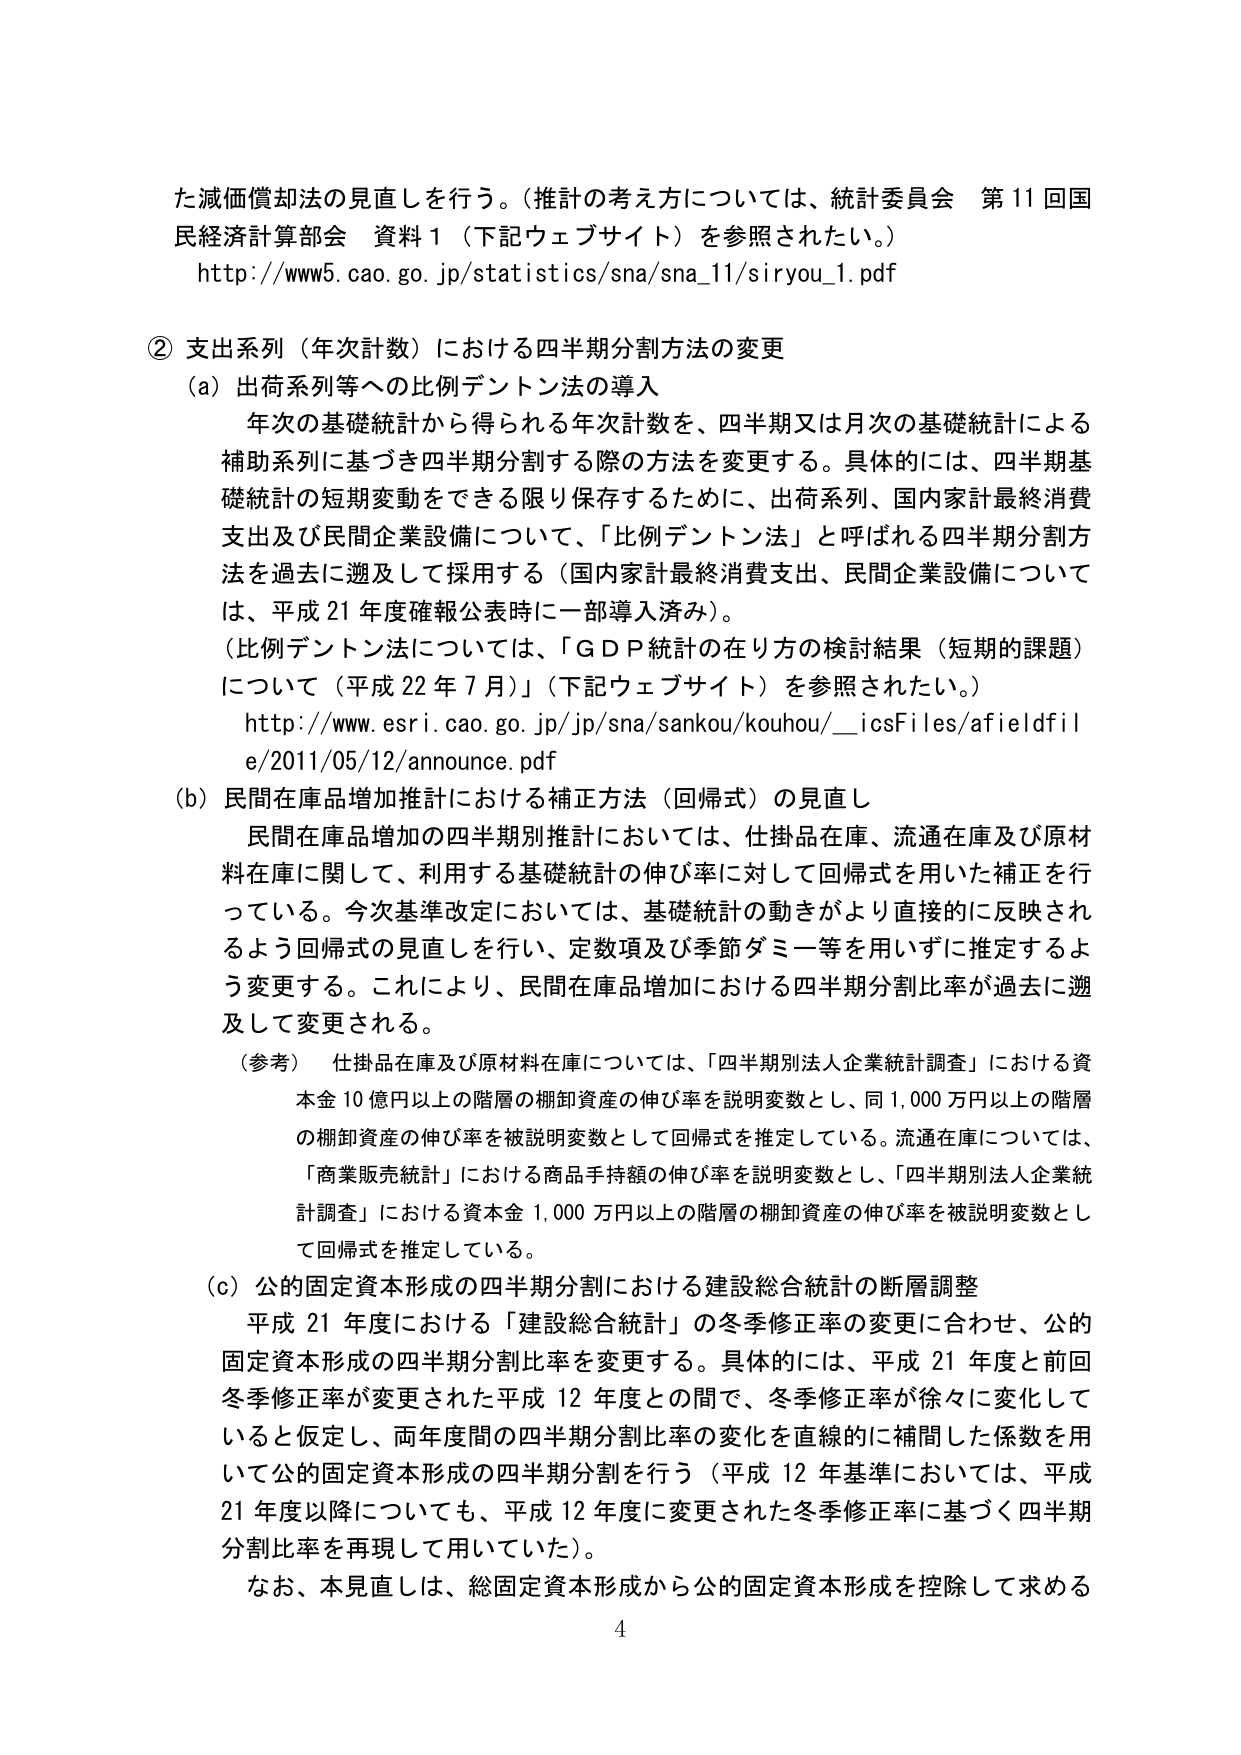
た減価償却法の見直しを行う。（推計の考え方については、統計委員会 第11回国民経済計算部会 資料1（下記ウェブサイト）を参照されたい。）
http://www5.cao.go.jp/statistics/sna/sna_11/siryou_1.pdf

② 支出系列（年次計数）における四半期分割方法の変更
(a) 出荷系列等への比例デントン法の導入
　年次の基礎統計から得られる年次計数を、四半期又は月次の基礎統計による補助系列に基づき四半期分割する際の方法を変更する。具体的には、四半期基礎統計の短期変動をできる限り保存するために、出荷系列、国内家計最終消費支出及び民間企業設備について、「比例デントン法」と呼ばれる四半期分割方法を過去に遡及して採用する（国内家計最終消費支出、民間企業設備については、平成21年度確報公表時に一部導入済み）。
　（比例デントン法については、「ＧＤＰ統計の在り方の検討結果（短期的課題）について（平成22年7月）」（下記ウェブサイト）を参照されたい。）
　http://www.esri.cao.go.jp/jp/sna/sankou/kouhou/__icsFiles/afieldfile/2011/05/12/announce.pdf

(b) 民間在庫品増加推計における補正方法（回帰式）の見直し
　民間在庫品増加の四半期別推計においては、仕掛品在庫、流通在庫及び原材料在庫に関して、利用する基礎統計の伸び率に対して回帰式を用いた補正を行っている。今次基準改定においては、基礎統計の動きがより直接的に反映されるよう回帰式の見直しを行い、定数項及び季節ダミー等を用いずに推定するよう変更する。これにより、民間在庫品増加における四半期分割比率が過去に遡及して変更される。
　（参考） 仕掛品在庫及び原材料在庫については、「四半期別法人企業統計調査」における資本金10億円以上の階層の棚卸資産の伸び率を説明変数とし、同1,000万円以上の階層の棚卸資産の伸び率を被説明変数として回帰式を推定している。流通在庫については、「商業販売統計」における商品手持額の伸び率を説明変数とし、「四半期別法人企業統計調査」における資本金1,000万円以上の階層の棚卸資産の伸び率を被説明変数として回帰式を推定している。

(c) 公的固定資本形成の四半期分割における建設総合統計の断層調整
　平成21年度における「建設総合統計」の冬季修正率の変更に合わせ、公的固定資本形成の四半期分割比率を変更する。具体的には、平成21年度と前回冬季修正率が変更された平成12年度との間で、冬季修正率が徐々に変化していると仮定し、両年度間の四半期分割比率の変化を直線的に補間した係数を用いて公的固定資本形成の四半期分割を行う（平成12年基準においては、平成21年度以降についても、平成12年度に変更された冬季修正率に基づく四半期分割比率を再現して用いていた）。
　なお、本見直しは、総固定資本形成から公的固定資本形成を控除して求める

4